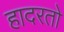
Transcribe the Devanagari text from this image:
हादरतो